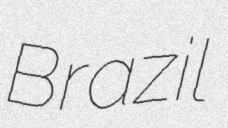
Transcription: Brazil